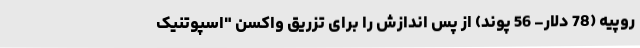
روپیه (78 دلار- 56 پوند) از پس اندازش را برای تزریق واکسن "اسپوتنیک